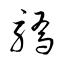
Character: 驕